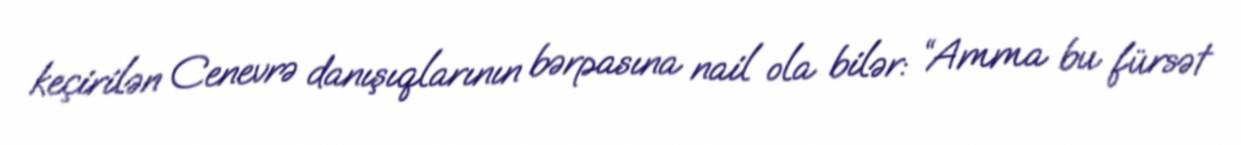
keçirilən Cenevrə danışıqlarının bərpasına nail ola bilər: “Amma bu fürsət